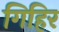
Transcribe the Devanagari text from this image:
गिहिर